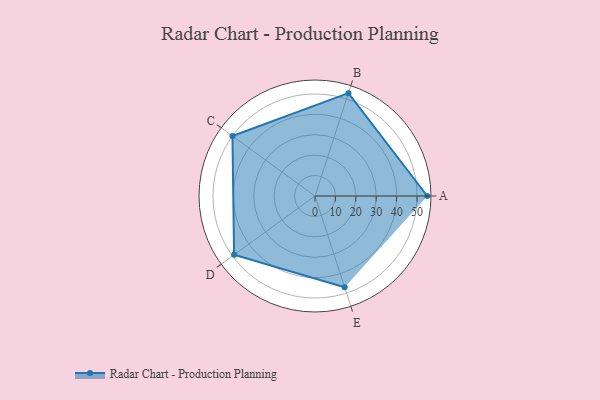
{"axis": {"x": "Skill", "y": "Score"}, "legend": ["Profile"], "data": [{"x": "A", "y": 55.0, "type": "Profile"}, {"x": "B", "y": 53.0, "type": "Profile"}, {"x": "C", "y": 50.0, "type": "Profile"}, {"x": "D", "y": 49.0, "type": "Profile"}, {"x": "E", "y": 47.0, "type": "Profile"}]}